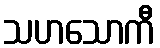
သဟသောကီ